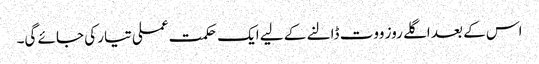
اس کے بعد اگلے روز ووت ڈالنے کے لیے ایک حکمت عملی تیار کی جائے گی۔